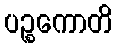
ပဉ္စကောတိ